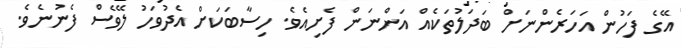
އޭގެ ފަހުން އަހަރެންނަށް ބަދަލުތަކެއް އަންނަން ފެށިއެވެ. ހިސާބަކަށް އެދުވަހު ލޭވެސް ފެނުނެވެ.